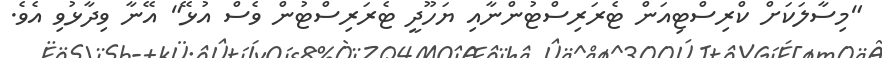
"މިސާލަކަށް ކްރިސްޓިއަން ޓެރަރިސްޓުންނާއި ޔަހޫދީ ޓެރަރިސްޓުން ވެސް އުޅޭ" އޭނާ ވިދާޅުވި އެވެ.